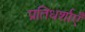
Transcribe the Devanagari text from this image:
प्रतिधर्शाएँ